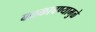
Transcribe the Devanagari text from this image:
बळकावण्यामुळे